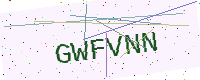
Text: GWFVNN